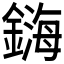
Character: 𲇜